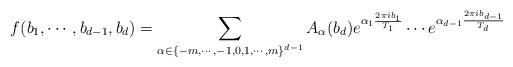
LaTeX: \begin{align*}f(b_1,\cdots,b_{d-1},b_d)=\sum_{\alpha\in\{-m,\cdots,-1,0,1,\cdots,m\}^{d-1}}A_{\alpha}(b_d) e^{\alpha_1\frac{2\pi ib_1}{T_1}}\cdots e^{\alpha_{d-1}\frac{2\pi ib_{d-1}}{T_d}}\end{align*}